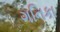
ગનિકા